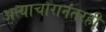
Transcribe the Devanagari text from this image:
अत्याचारानंतरही